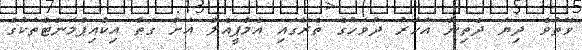
ވޭތުވެ ދިޔަ ދެތިން އަހަރު ދުވަހުގެ ތެރޭގައި އެމްޕީއެލް އަށް ގަތް އިކްއިޕްމަންޓްތަކުގެ